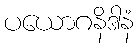
ပယောဂနိဒါနံ